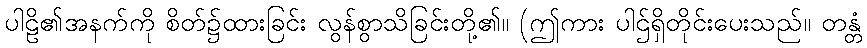
ပါဠိ၏အနက်ကို စိတ်၌ထားခြင်း လွန်စွာသိခြင်းတို့၏။ (ဤကား ပါဌ်ရှိတိုင်းပေးသည်။ တန္တံ